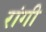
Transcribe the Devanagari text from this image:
रांगी